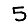
Digit: 5